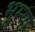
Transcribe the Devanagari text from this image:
भूम्या